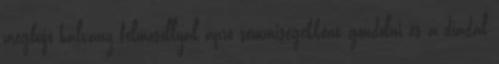
megbújó halvány félmosollyal apró semmiségekként gondolni és a diadal